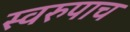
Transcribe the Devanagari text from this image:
स्वरुपाच